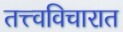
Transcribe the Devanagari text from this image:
तत्त्वविचारात